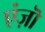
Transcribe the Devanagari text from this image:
एंज़ॊ